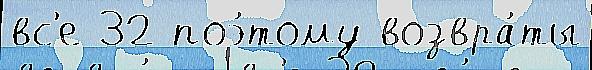
вс'е 32 поэ́тому возвра́ты